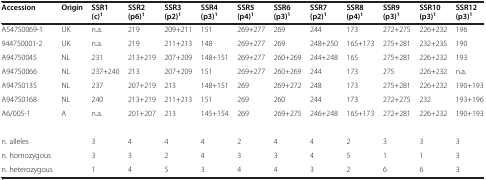
<table><thead><tr><td><b>Accession</b></td><td><b>Origin</b></td><td><b>SSR1 (c)<sup>1</sup></b></td><td><b>SSR2 (p6)<sup>1</sup></b></td><td><b>SSR3 (p2)<sup>1</sup></b></td><td><b>SSR4 (p3)<sup>1</sup></b></td><td><b>SSR5 (p4)<sup>1</sup></b></td><td><b>SSR6 (p3)<sup>1</sup></b></td><td><b>SSR7 (p2)<sup>1</sup></b></td><td><b>SSR8 (p4)<sup>1</sup></b></td><td><b>SSR9 (p3)<sup>1</sup></b></td><td><b>SSR10 (p3)<sup>1</sup></b></td><td><b>SSR12 (p3)<sup>1</sup></b></td></tr></thead><tbody><tr><td>A54750069-1</td><td>UK</td><td>n.a.</td><td>219</td><td>209+211</td><td>151</td><td>269+277</td><td>269</td><td>244</td><td>173</td><td>272+275</td><td>226+232</td><td>196</td></tr><tr><td>944750001-2</td><td>UK</td><td>n.a.</td><td>219</td><td>211+213</td><td>148</td><td>269+277</td><td>269</td><td>248+250</td><td>165+173</td><td>275+281</td><td>232+235</td><td>190</td></tr><tr><td>A94750045</td><td>NL</td><td>231</td><td>213+219</td><td>207+209</td><td>148+151</td><td>269+277</td><td>260+269</td><td>244+248</td><td>165</td><td>275+281</td><td>226+232</td><td>193</td></tr><tr><td>A94750066</td><td>NL</td><td>237+240</td><td>213</td><td>207+209</td><td>151</td><td>269+277</td><td>260+269</td><td>244</td><td>173</td><td>275</td><td>226+232</td><td>n.a.</td></tr><tr><td>A94750135</td><td>NL</td><td>237</td><td>207+219</td><td>213</td><td>148+151</td><td>269</td><td>269+272</td><td>248</td><td>173</td><td>275+281</td><td>226+232</td><td>190+193</td></tr><tr><td>A94750168</td><td>NL</td><td>240</td><td>213+219</td><td>211+213</td><td>151</td><td>269</td><td>260</td><td>244</td><td>173</td><td>272+275</td><td>232</td><td>193+196</td></tr><tr><td>A6/005-1</td><td>A</td><td>n.a.</td><td>201+207</td><td>213</td><td>145+154</td><td>269</td><td>269+275</td><td>246+248</td><td>165+173</td><td>272+281</td><td>226+232</td><td>190+193</td></tr><tr><td> </td><td> </td><td> </td><td> </td><td> </td><td> </td><td> </td><td> </td><td> </td><td> </td><td> </td><td> </td><td> </td></tr><tr><td>n. alleles</td><td> </td><td>3</td><td>4</td><td>4</td><td>4</td><td>2</td><td>4</td><td>4</td><td>2</td><td>3</td><td>3</td><td>3</td></tr><tr><td>n. homozygous</td><td> </td><td>3</td><td>3</td><td>2</td><td>4</td><td>3</td><td>3</td><td>4</td><td>5</td><td>1</td><td>1</td><td>3</td></tr><tr><td>n. heterozygous</td><td> </td><td>1</td><td>4</td><td>5</td><td>3</td><td>4</td><td>4</td><td>3</td><td>2</td><td>6</td><td>6</td><td>3</td></tr></tbody></table>